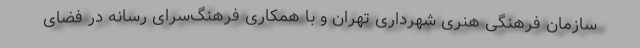
سازمان فرهنگی هنری شهرداری تهران و با همکاری فرهنگ‌سرای رسانه در فضای